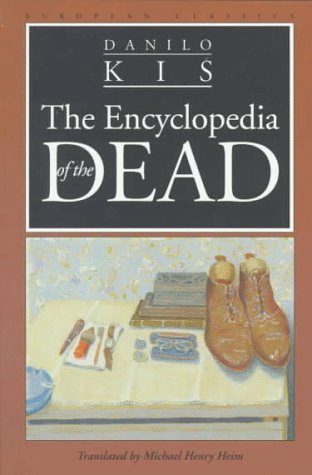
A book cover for Encyclopedia of the Dead (European Classics); Danilo Kis; Reference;